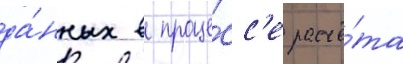
да́нных в проце́сс'е расчё́та